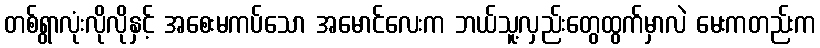
တစ်ရွာလုံးလိုလိုနှင့် အစေးမကပ်သော အမောင်လေးက ဘယ်သူ့လှည်းတွေထွက်မှာလဲ မေးကတည်းက